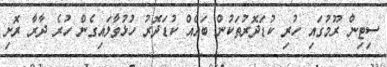
ސިޓިން ރޫމުގައި ހުރި ކުޑަދޮރުތަކުން ބައެއް ކުޑަދޮރު ހުޅުވާލައިގެން ހުރެ ދާރާ ރޮށި